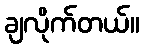
ချလိုက်တယ်။